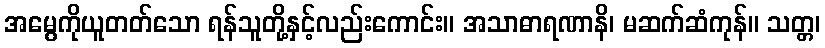
အမွေကိုယူတတ်သော ရန်သူတို့နှင့်လည်းကောင်း။ အသာဓာရဏာနိ၊ မဆက်ဆံကုန်။ သတ္တ၊